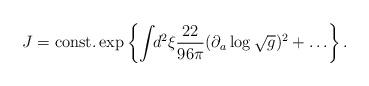
LaTeX: \begin{align*}J = \mbox{const.} \exp \left\{ \int\!\!d^2 \xi \frac{22}{96 \pi}(\partial_a \log \sqrt{g} )^2 + \ldots \right\} .\end{align*}